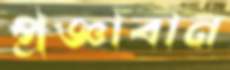
প্রজ্ঞাবান